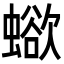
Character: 𧐄